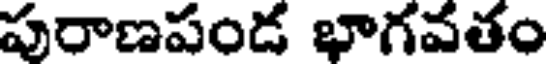
పురాణపండ భాగవతం